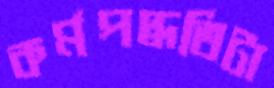
কর্মপদ্ধতিটা